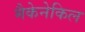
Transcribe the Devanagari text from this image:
मैकेनेकिल